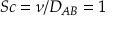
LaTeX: S c = \nu / D _ { A B } = 1